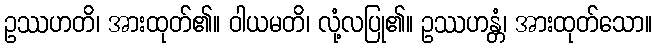
ဥဿဟတိ၊ အားထုတ်၏။ ဝါယမတိ၊ လုံ့လပြု၏။ ဥဿဟန္တံ၊ အားထုတ်သော။